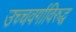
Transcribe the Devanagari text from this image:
उच्चवर्गाविरुद्ध